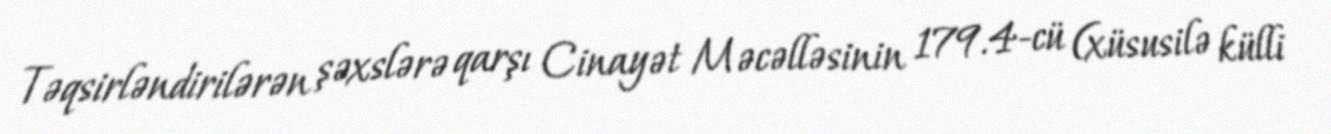
Təqsirləndirilərən şəxslərə qarşı Cinayət Məcəlləsinin 179.4-cü (xüsusilə külli